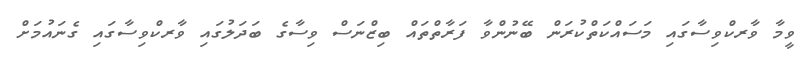
ވީމާ ވާރކްވިސާގައި މަސައްކަތްކުރަން ބޭނުންވާ ފަރާތްތައް ބިޒްނަސް ވިސާގެ ބަދަލުގައި ވާރކްވިސާގައި ގެނައުމަށް